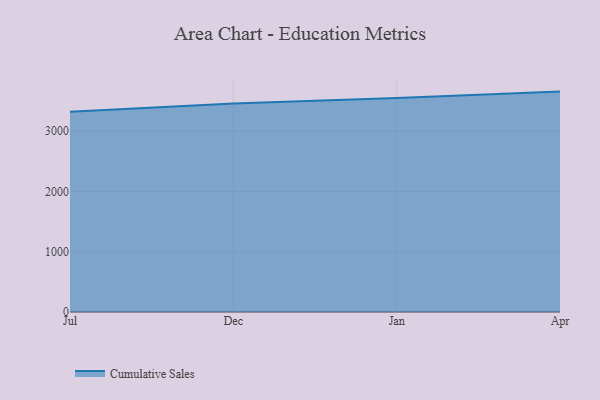
{"axis": {"x": "Month", "y": "Demand Index"}, "legend": ["Cumulative Sales"], "data": [{"x": "Jul", "y": 3325.1, "type": "Cumulative Sales"}, {"x": "Dec", "y": 3463.1, "type": "Cumulative Sales"}, {"x": "Jan", "y": 3550.8, "type": "Cumulative Sales"}, {"x": "Apr", "y": 3659.0, "type": "Cumulative Sales"}]}